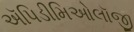
ઍપિડીમિઓલૉજી